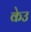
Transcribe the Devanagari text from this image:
केउ